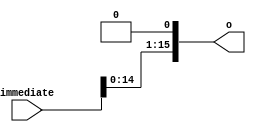
`timescale 1ns / 1ps
//////////////////////////////////////////////////////////////////////////////////
// Company: 
// Engineer: 
// 
// Design Name: 
// Module Name:    Left_Shift_1b 
// Project Name: 
// Target Devices: 
// Tool versions: 
// Description: 
//
// Dependencies: 
//
// Revision: 
// Revision 0.01 - File Created
// Additional Comments: 
//
//////////////////////////////////////////////////////////////////////////////////
module Left_Shift_1b(
    input [15:0] immediate,
    output reg [15:0] o
    );
	 
	 integer i;
	 always @ (immediate) begin
	 o[0] <= 0; 
		for (i = 1; i < 16; i = i + 1) begin
			o[i] <= immediate[i - 1];
		end
	 end


endmodule